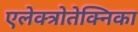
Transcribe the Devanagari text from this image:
एलेक्त्रोतेक्निका